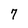
Character: 7